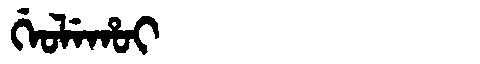
Manchu: ᡤᡝᠣᠯᡝᡥᠣᡳ
Romanization: GEOLEHOI